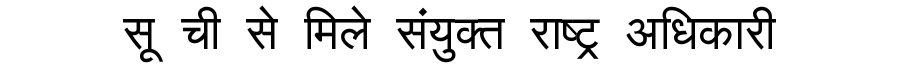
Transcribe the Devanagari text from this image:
सू ची से मिले संयुक्त राष्ट्र अधिकारी